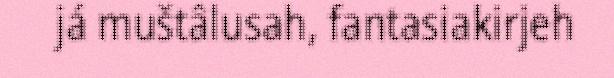
já muštâlusah, fantasiakirjeh